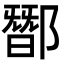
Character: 䣟